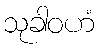
သုခါဝဟံ